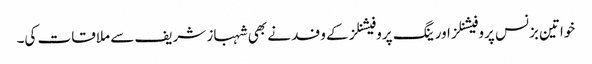
خواتین بزنس پروفیشنلز اور ینگ پروفیشنلز کے وفد نے بھی شہباز شریف سے ملاقات کی۔